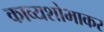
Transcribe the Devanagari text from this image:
काव्यशोभाकर